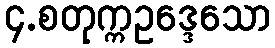
၄.စတုက္ကဥဒ္ဒေသော